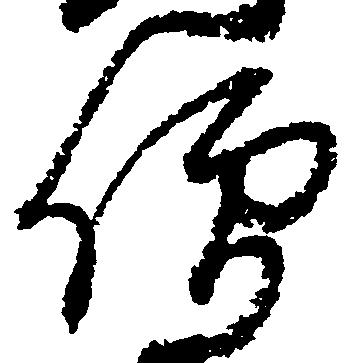
僧